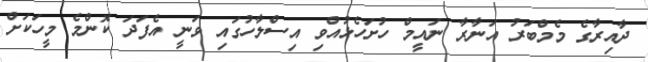
ދާއިރާގެ މެމްބަރު އަނާރާ ނައީމް ހުށަހެޅުއްވި އިސްލާހުގައި ވަނީ އެފަދަ ކޮންމެ މީހަކަށް